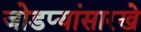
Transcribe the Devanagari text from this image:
जोडप्यांसारखे